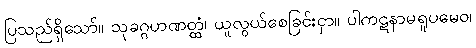
ပြသည်ရှိသော်။ သုခဂ္ဂဟဏတ္ထံ၊ ယူလွယ်စေခြင်းငှာ။ ပါကဋနာမရူပမေဝ၊